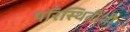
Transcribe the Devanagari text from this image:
परिस्थितींशी